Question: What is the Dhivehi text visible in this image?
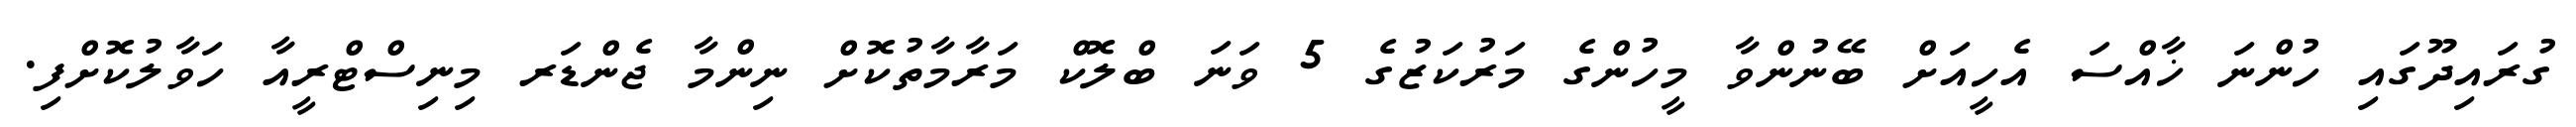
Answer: ގުރައިދޫގައި ހުންނަ ޚާއްސަ އެހީއަށް ބޭނުންވާ މީހުންގެ މަރުކަޒުގެ 5 ވަނަ ބްލޮކް މަރާމާތުކޮށް ނިންމާ ޖެންޑަރ މިނިސްޓްރީއާ ހަވާލުކޮށްފި.